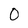
Character: 0